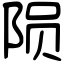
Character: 陨